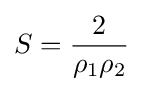
S={\frac {2}{\rho _{1}\rho _{2}}}